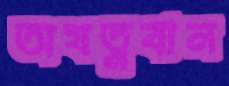
অযত্নবান